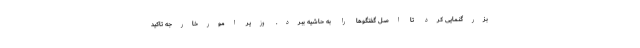
بزرگنمایی کرد تا اصل گفتگوها را به حاشیه ببرد. وزیر امورخارجه تاکید